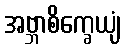
အဗ္ဘာစိက္ခေယျံ